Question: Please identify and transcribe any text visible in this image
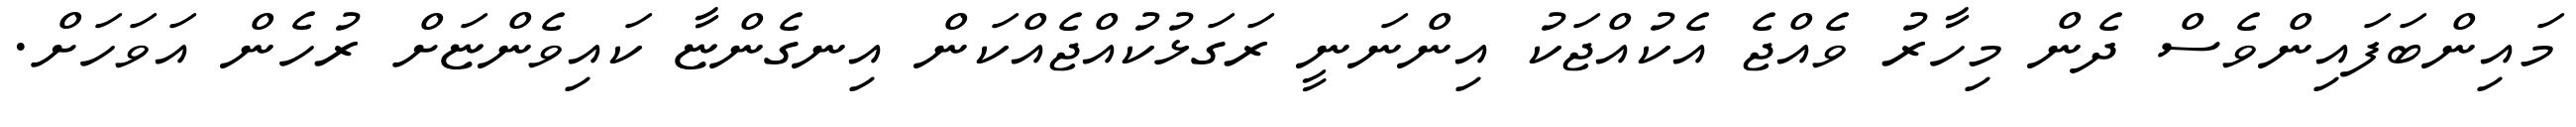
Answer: މައިންބަފައިންވެސް ދެން މިހާރު ވެއްޖެ އެކުއްޖަކު އިންނަނީ ރަގަޅުކުއްޖެއްކަން އިނގެންޏާ ކައިވެންޏަށް ރުހެން އަވަހަށް.